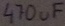
Text: 470µF